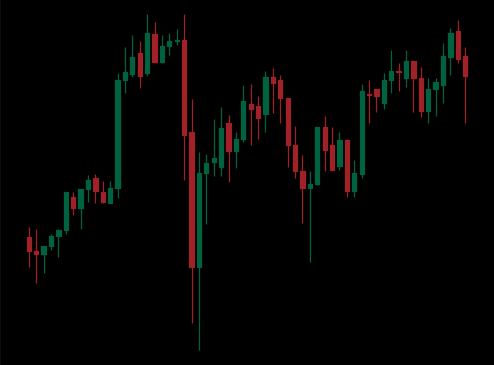
Pattern: unclassified